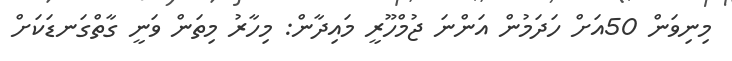
މިނިވަން 50އަށް ހަދަމުން އަންނަ ޖުމްހޫރީ މައިދާން: މިހާރު މިތަން ވަނީ ގާތްގަނޑަކަށް